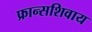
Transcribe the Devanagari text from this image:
फ्रान्सशिवाय